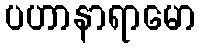
ပဟာနာရာမော